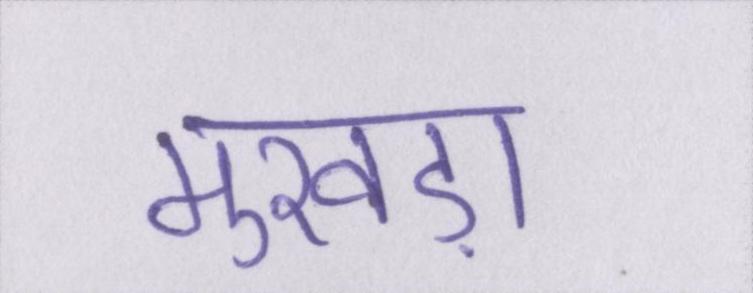
मुखड़ा